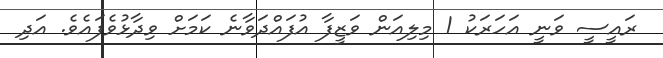
ރައީސީ ވަނީ އަހަރަކު 1 މިލިއަން ވަޒީފާ އުފައްދަވާނެ ކަމަށް ވިދާޅުވެފައެވެ. އަދި